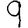
Digit: 9